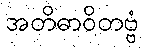
အတိဓာဝိတဗ္ဗံ